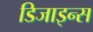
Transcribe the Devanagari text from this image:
डिजाइन्स